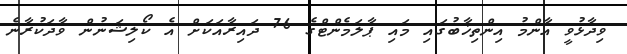
ވިދާޅުވީ އާންމު އިންތިޚާބުގައި މައި ޕާލަމެންޓްގެ 76 ދައިރާއަކަށް އެ ކޯލިޝަނުން ވާދަކުރާނެ